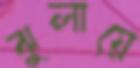
ঝুলায়ে